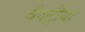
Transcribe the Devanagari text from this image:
बैक्ट्रीया